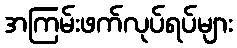
အကြမ်းဖက်လုပ်ရပ်များ